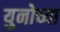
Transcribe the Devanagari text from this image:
युनोच्या